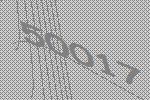
50017